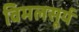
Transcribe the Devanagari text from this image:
विमलसूर्य